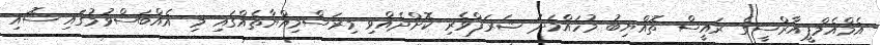
އެމްއެމްޕީއާރްސީގެ ރައީސް ތޮއްޔިބު މުހައްމަދު ޝަރަފްވެރި ކޮށްދެއްވި މިރަސްމިއްޔާތެއްގައި މި އެއްބަސްވުމުގައި ސޮއި